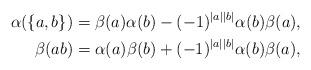
LaTeX: \begin{align*}\alpha(\{a, b\})&=\beta(a)\alpha(b)-(-1)^{|a||b|}\alpha(b)\beta(a),\\\beta(ab)&=\alpha(a)\beta(b)+(-1)^{|a||b|}\alpha(b)\beta(a),\end{align*}